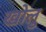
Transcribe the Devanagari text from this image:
खोलु